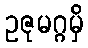
ဥဇုမဂ္ဂမှိ